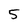
Character: 5